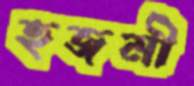
হজমী